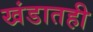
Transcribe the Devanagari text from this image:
खंडातही